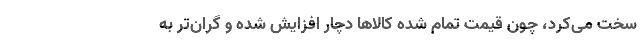
سخت می‌کرد، چون قیمت تمام شده کالاها دچار افزایش شده و گران‌تر به